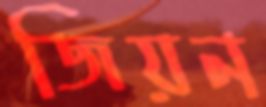
জিয়ন